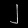
Digit: ၂